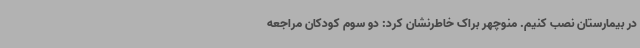
در بیمارستان نصب کنیم. منوچهر براک خاطرنشان کرد: دو سوم کودکان مراجعه